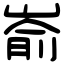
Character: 嵛